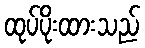
ထုပ်ပိုးထားသည်